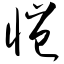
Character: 恺